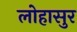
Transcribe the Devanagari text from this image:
लोहासुर